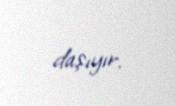
daşıyır.